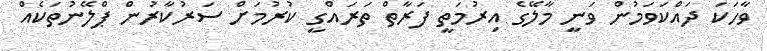
ވާހަކަ ދައްކަވަމުން ވަނީ މާލޭގެ އިރުމަތީ ފަރާތް ތަރައްގީ ކުރުމަށް ސަރުކާރުން ޕްލޭނުތަކެއް